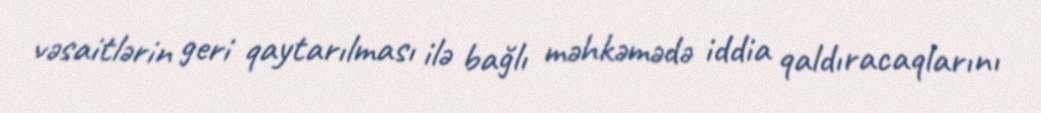
vəsaitlərin geri qaytarılması ilə bağlı məhkəmədə iddia qaldıracaqlarını